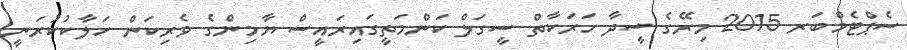
ސެޕްޓެމްބަރ 2015 މިރޭގެ ސީދާ ހަރަކާތް ސީގަލް ކަންމަތީގައިރައީސް ޔާމިންގެ ވެރިކަން ހަލާކުކުރަނީ